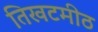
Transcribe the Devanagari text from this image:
तिखटमीठ